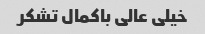
خیلی عالی باکمال تشکر